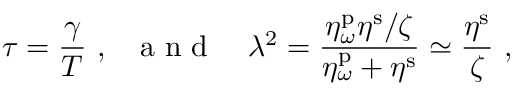
\tau = \frac { \gamma } { T } \ , \ \ \mathrm { ~ a ~ n ~ d ~ } \ \ \ \lambda ^ { 2 } = \frac { \eta _ { \omega } ^ { \mathrm { p } } \eta ^ { \mathrm { s } } / \zeta } { \eta _ { \omega } ^ { \mathrm { p } } + \eta ^ { \mathrm { s } } } \simeq \frac { \eta ^ { \mathrm { s } } } { \zeta } \ ,